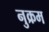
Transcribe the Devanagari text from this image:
नुक्रम